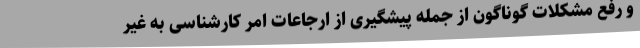
و رفع مشکلات گوناگون از جمله پیشگیری از ارجاعات امر کارشناسی به غیر